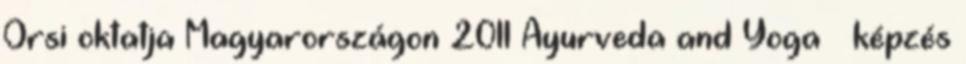
Orsi oktatja Magyarországon 2011 Ayurveda and Yoga – képzés